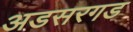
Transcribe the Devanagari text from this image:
अडसरगड